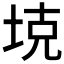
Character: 𪣕